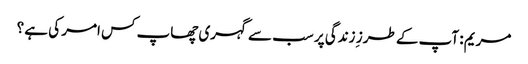
مریم : آپ کے طرز ِ زندگی پر سب سے گہری چھاپ کس امر کی ہے ؟